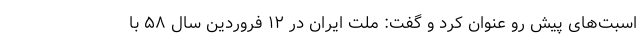
اسبت‌های پیش رو عنوان کرد و گفت: ملت ایران در ۱۲ فروردین سال ۵۸ با